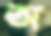
অ